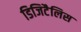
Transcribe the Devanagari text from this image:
डिजिटैलिस